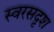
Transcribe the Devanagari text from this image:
स्वरसदृश